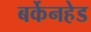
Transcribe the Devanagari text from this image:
बर्केनहेड